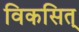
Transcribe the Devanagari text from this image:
विकसित्